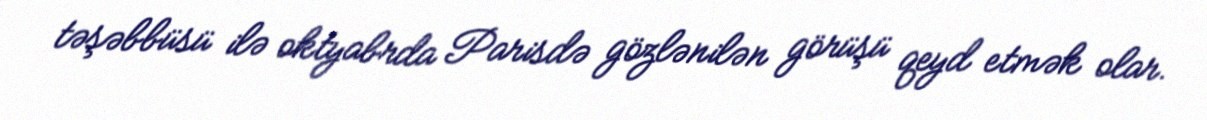
təşəbbüsü ilə oktyabrda Parisdə gözlənilən görüşü qeyd etmək olar.